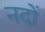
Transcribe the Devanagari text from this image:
नदों